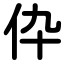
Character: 伜